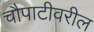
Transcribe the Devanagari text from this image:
चौपाटीवरील